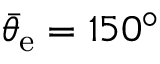
\bar { \theta } _ { \mathrm { e } } = 1 5 0 ^ { \circ }